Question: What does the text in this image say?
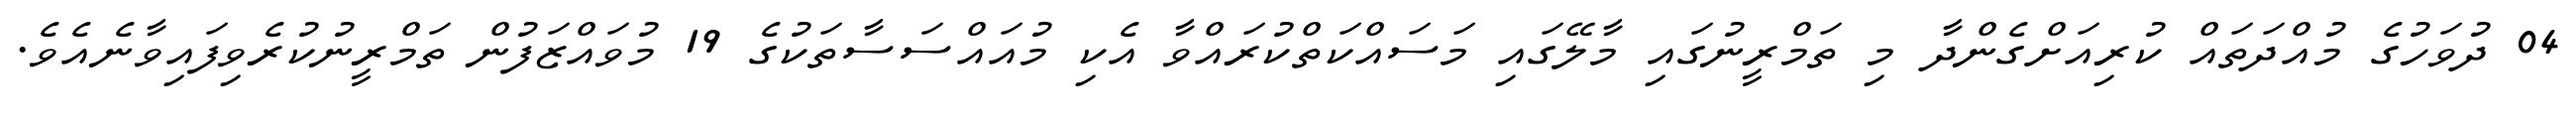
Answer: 04 ދުވަހުގެ މުއްދަތައް ކުރިއަށްގެންދާ މި ތަމްރީނުގައި މާލޭގައި މަސައްކަތްކުރައްވާ އެކި މުއައްސަސާތަކުގެ 19 މުވައްޒަފުން ތަމްރީނުކުރެވިފައިވާނެއެވެ.